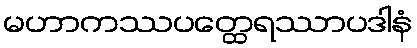
မဟာကဿပတ္ထေရဿာပဒါနံ